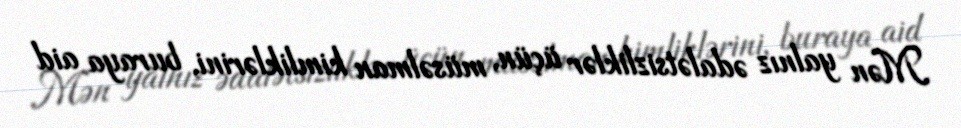
Mən yalnız ədalətsizliklər üçün, müsəlman kimliklərini, buraya aid